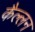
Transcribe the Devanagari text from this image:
कैल्लन